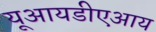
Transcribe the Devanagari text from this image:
यूआयडीएआय